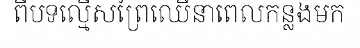
ពីបទល្មើសព្រៃឈើនាពេលកន្លងមក